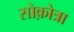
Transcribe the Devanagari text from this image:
सोक़ोत्रा